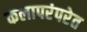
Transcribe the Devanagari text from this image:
कलापरंपरेत